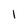
Character: 1